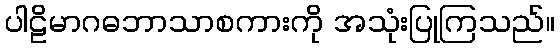
ပါဠိမာဂဓဘာသာစကားကို အသုံးပြုကြသည်။